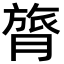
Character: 膂